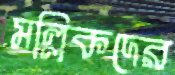
মল্লিকদের